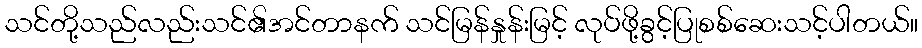
သင်တို့သည်လည်းသင်၏အင်တာနက် သင်မြန်နှုန်းမြင့် လုပ်ဖို့ခွင့်ပြုစစ်ဆေးသင့်ပါတယ်။